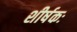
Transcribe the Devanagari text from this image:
शीर्षकः